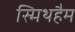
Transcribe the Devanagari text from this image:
स्मिथहैम